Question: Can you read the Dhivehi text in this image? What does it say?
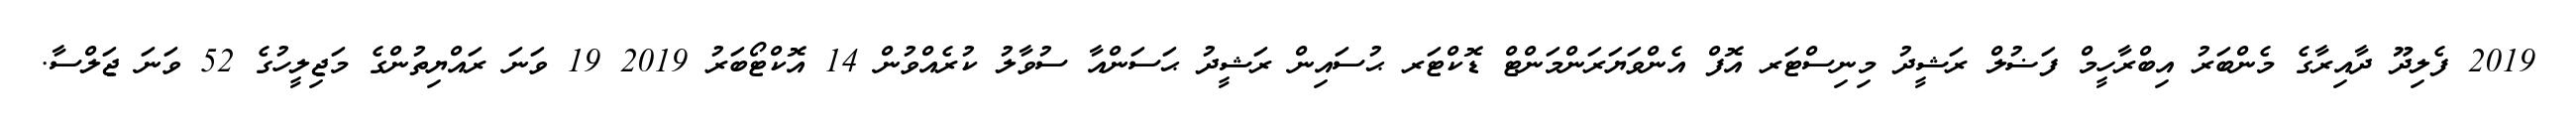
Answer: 2019 ފެލިދޫ ދާއިރާގެ މެންބަރު އިބްރާހީމް ފަޟުލް ރަޝީދު މިނިސްޓަރ އޮފް އެންވަޔަރަންމަންޓް ޑޮކްޓަރ ޙުސައިން ރަޝީދު ޙަސަންއާ ސުވާލު ކުރެއްވުން 14 އޮކްޓޯބަރު 2019 19 ވަނަ ރައްޔިތުންގެ މަޖިލީހުގެ 52 ވަނަ ޖަލްސާ.